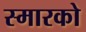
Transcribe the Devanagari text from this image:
स्मारको